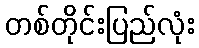
တစ်တိုင်းပြည်လုံး